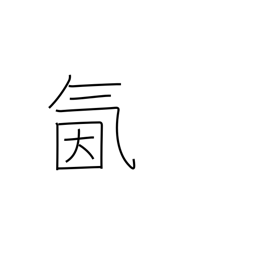
Meaning: spirited